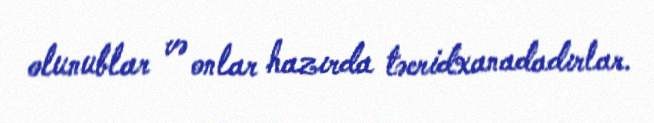
olunublar və onlar hazırda təcridxanadadırlar.